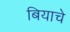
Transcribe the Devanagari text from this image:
बियाचे